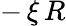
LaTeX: -\, \xi\, R